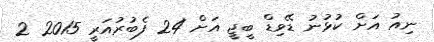
ނިއު އަށް ކުޅުނު ޑޭވިޑް ބީޖީ އަށް 24 ފެބުރުއަރީ 2015 2